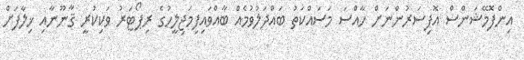
އިންފޮމޭޝަންސް އޮފިސަރުންނަށް ހާއްސަ މަސައްކަތު ބައްދަލުވުމެއް ބާއްވައިފިމަޖިލީހުގެ ރިޕޯޓަރު ވަކިކުރީ ޤާނޫނާއި ޚިލާފަށް